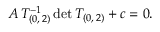
A \, T _ { ( 0 , \, 2 ) } ^ { - 1 } \, \mathrm { d e t } \, T _ { ( 0 , \, 2 ) } + c = 0 .